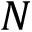
N